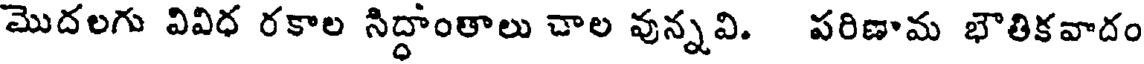
మొదలగు వివిధ రకాల సిద్ధాంతాలు చాల వున్నవి. పరిణామ భౌతికవాదం